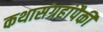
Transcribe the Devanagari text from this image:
कथासंग्रहांपैकी